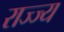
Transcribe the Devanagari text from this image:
राज्ज्य